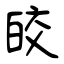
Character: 皎